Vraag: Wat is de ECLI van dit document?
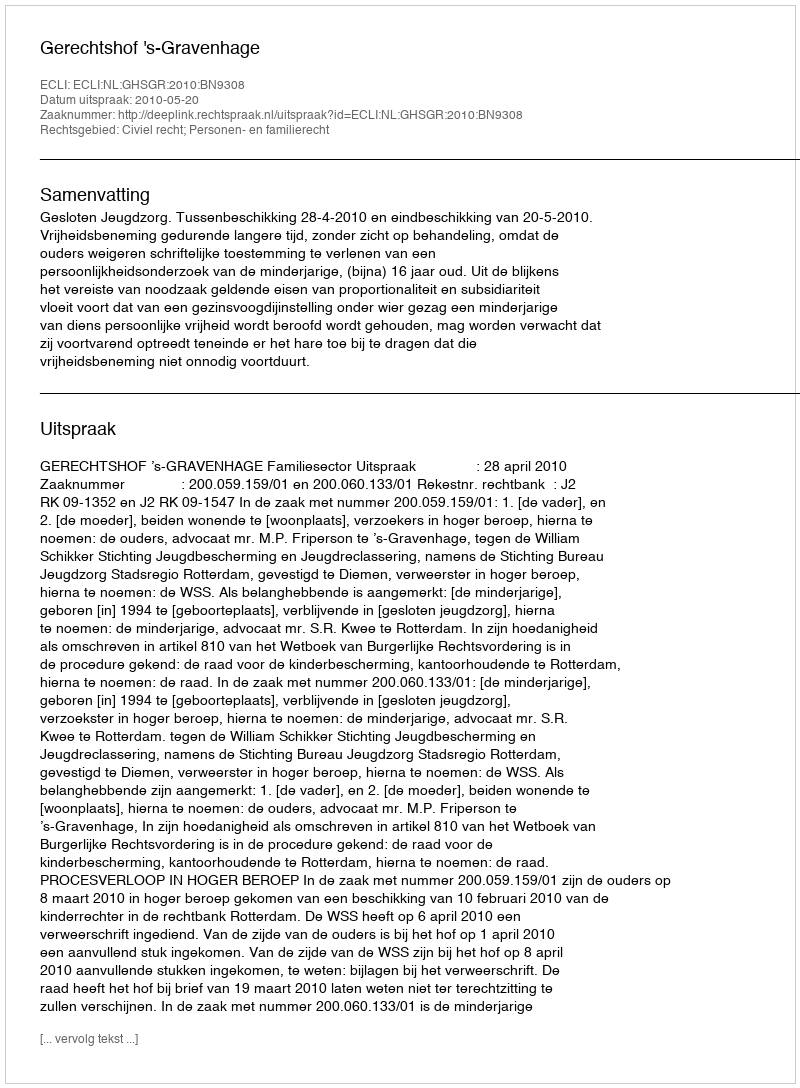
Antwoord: ECLI:NL:GHSGR:2010:BN9308